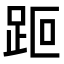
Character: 𧿽